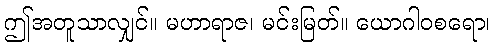
ဤအတူသာလျှင်။ မဟာရာဇ၊ မင်းမြတ်။ ယောဂါဝစရော၊